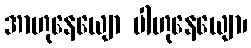
အာဟုနေယျော ပါဟုနေယျော၊